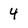
Character: 4